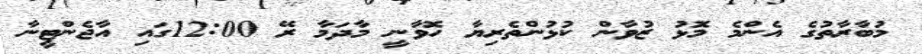
މުބާރާތުގެ އެންމެ މޮޅު ޒުވާން ކުޅުންތެރިޔާ ހޮވާނީ މާދަމާ ރޭ 12:00ގައި އާޖެންޓީނާ